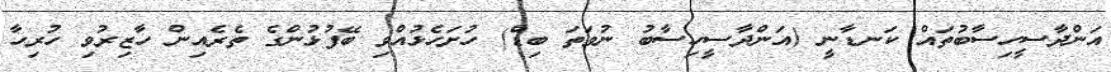
އަންދާސީހިސާބުތައް ކަނޑާނީ (އަންދާސީހިސާބު ނުވަތަ ބިޑް) ހުށަހެޅުއްވި ބޭފުޅުންގެ ތެރެއިން ހާޒިރުވި ހުރިހާ